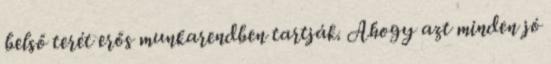
belső terét erős munkarendben tartják. Ahogy azt minden jó